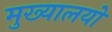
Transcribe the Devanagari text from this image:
मुख्यालयो